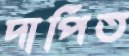
দাপিত